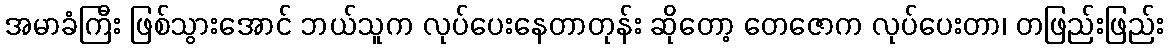
အမာခံကြီး ဖြစ်သွားအောင် ဘယ်သူက လုပ်ပေးနေတာတုန်း ဆိုတော့ တေဇောက လုပ်ပေးတာ၊ တဖြည်းဖြည်း